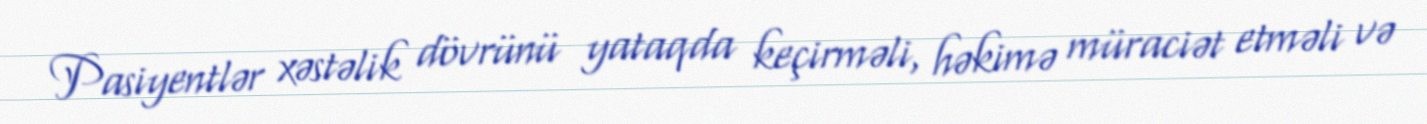
Pasiyentlər xəstəlik dövrünü yataqda keçirməli, həkimə müraciət etməli və